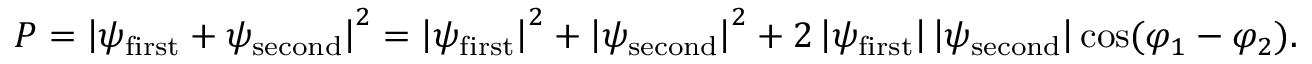
P = \left| \psi _ { \mathrm { f i r s t } } + \psi _ { \mathrm { s e c o n d } } \right| ^ { 2 } = \left| \psi _ { \mathrm { f i r s t } } \right| ^ { 2 } + \left| \psi _ { \mathrm { s e c o n d } } \right| ^ { 2 } + 2 \left| \psi _ { \mathrm { f i r s t } } \right| \left| \psi _ { \mathrm { s e c o n d } } \right| \cos ( \varphi _ { 1 } - \varphi _ { 2 } ) .